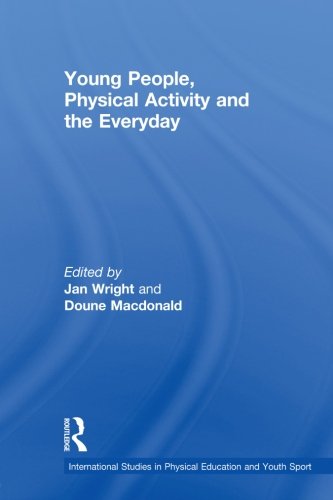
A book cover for Young People, Physical Activity and the Everyday (International Studies in Physical Education and Youth Sport); Sports & Outdoors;